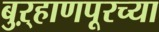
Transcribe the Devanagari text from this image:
बुऱ्हाणपूरच्या